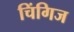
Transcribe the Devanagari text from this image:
चिंगिज